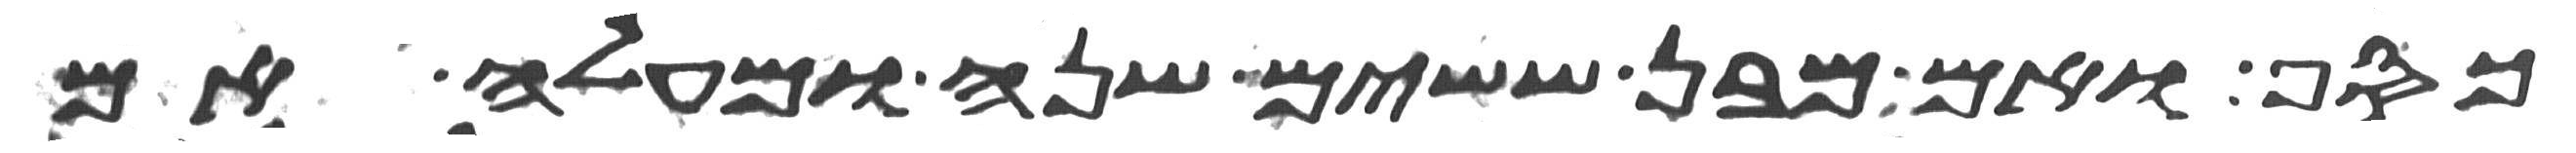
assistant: כסף ואם מבן ששים שנה ומעלה אם